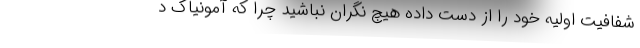
شفافیت اولیه خود را از دست داده هیچ نگران نباشید چرا که آمونیاک د